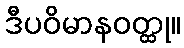
ဒီပဝိမာနဝတ္ထု။